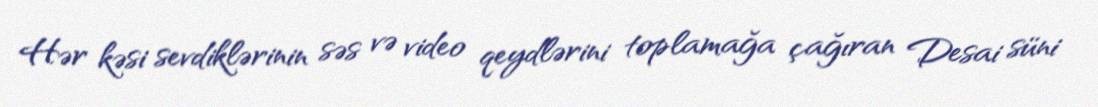
Hər kəsi sevdiklərinin səs və video qeydlərini toplamağa çağıran Desai süni